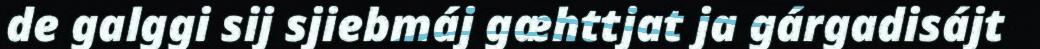
de galggi sij sjiebmáj gæhttjat ja gárgadisájt